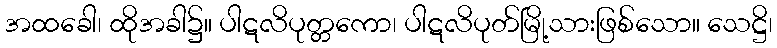
အထခေါ၊ ထိုအခါ၌။ ပါဋလိပုတ္တကော၊ ပါဋလိပုတ်မြို့သားဖြစ်သော။ သေဋ္ဌိ၊